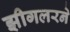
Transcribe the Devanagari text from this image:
झीगलरने